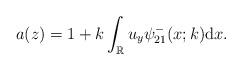
LaTeX: \begin{align*}a(z)=1+k \int_{\mathbb{R}} u_y \psi^-_{21}(x;k) \mathrm{d}x. \end{align*}